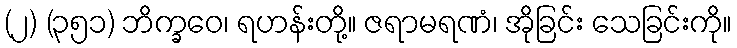
(၂) (၃၅၁) ဘိက္ခဝေ၊ ရဟန်းတို့။ ဇရာမရဏံ၊ အိုခြင်း သေခြင်းကို။